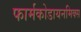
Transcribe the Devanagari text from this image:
फार्मकोडायनमिक्स